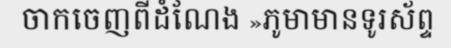
ចាកចេញពីដំណែង »ភូមាមានទូរស័ព្ទ